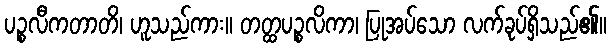
ပဉ္စလီကတာတိ၊ ဟူသည်ကား။ တတ္ထပဉ္စလိကာ၊ ပြုအပ်သော လက်ခုပ်ရှိသည်၏။